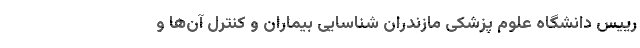
رییس دانشگاه علوم پزشکی مازندران شناسایی بیماران و کنترل ‌آن‌ها و